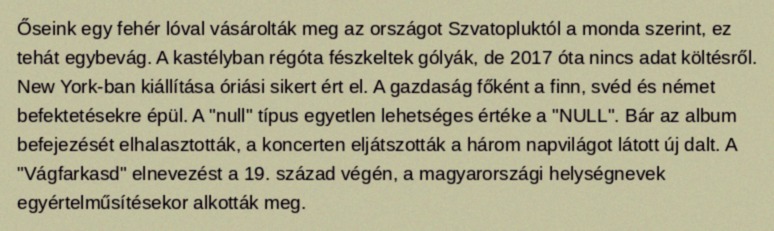
Őseink egy fehér lóval vásárolták meg az országot Szvatopluktól a monda szerint, ez tehát egybevág. A kastélyban régóta fészkeltek gólyák, de 2017 óta nincs adat költésről. New York-ban kiállítása óriási sikert ért el. A gazdaság főként a finn, svéd és német befektetésekre épül. A "null" típus egyetlen lehetséges értéke a "NULL". Bár az album befejezését elhalasztották, a koncerten eljátszották a három napvilágot látott új dalt. A "Vágfarkasd" elnevezést a 19. század végén, a magyarországi helységnevek egyértelműsítésekor alkották meg.